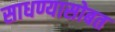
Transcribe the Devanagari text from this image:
साधण्यासोबत